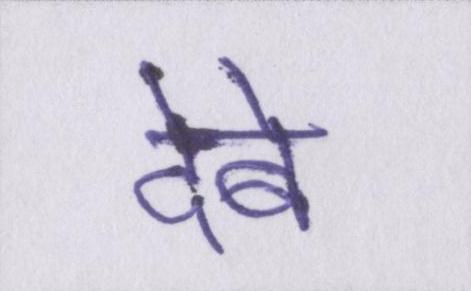
देबे